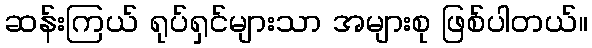
ဆန်းကြယ် ရုပ်ရှင်များသာ အများစု ဖြစ်ပါတယ်။